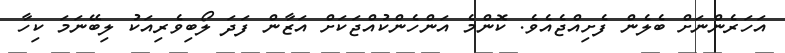
އަހަރެންނަށް ބެލެން ފެށިއްޖެއެވެ. ކޮންމެ އަންހެންކުއްޖަކަށް އަޒާން ފަދަ ލޯބިވެރިއަކު ލިބޭނަމަ ކިހާ